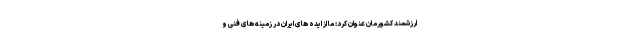
ارزشمند کشورمان عنوان کرد: ما از ایده های ایران در زمینه های فنی و